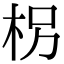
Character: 柺